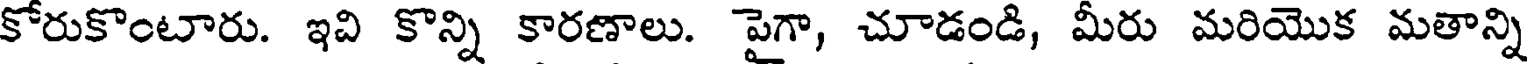
కోరుకొంటారు. ఇవి కొన్ని కారణాలు. పైగా, చూడండి, మీరు మరియొక మతాన్ని